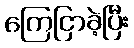
ကြေငြာခဲ့ပြီး